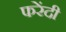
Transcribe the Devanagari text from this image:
फरेंदी